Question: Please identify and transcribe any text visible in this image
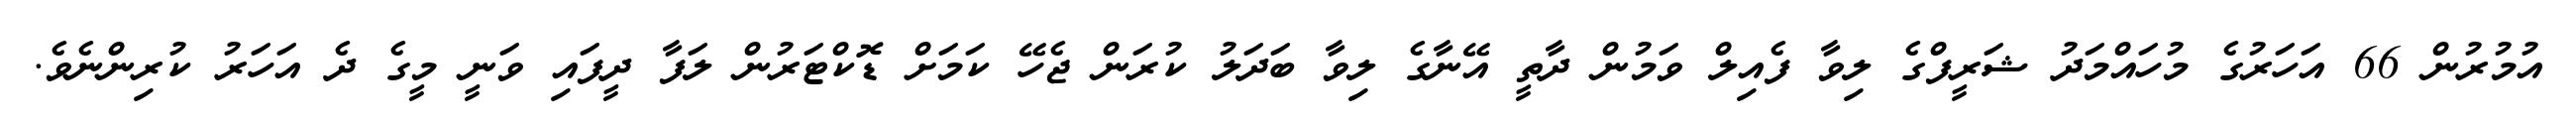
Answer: އުމުރުން 66 އަހަރުގެ މުހައްމަދު ޝަރީފްގެ ލިވާ ފެއިލް ވަމުން ދާތީ އޭނާގެ ލިވާ ބަދަލު ކުރަން ޖެހޭ ކަމަށް ޑޮކްޓަރުން ލަފާ ދީފައި ވަނީ މީގެ ދެ އަހަރު ކުރިންނެވެ.